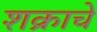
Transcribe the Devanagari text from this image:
शक्राचे